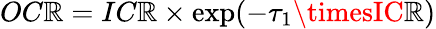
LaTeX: OC\mathbb{R}=IC\mathbb{R}\times\exp(-\tau_{1}\timesIC\mathbb{R})